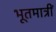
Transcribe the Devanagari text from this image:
भूतमात्रीं